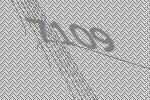
7109